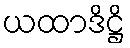
ယထာဒိဋ္ဌိ